Report of the Indian Hemp Drugs Commission, 1894-1895 - Volume V
Year: 1894
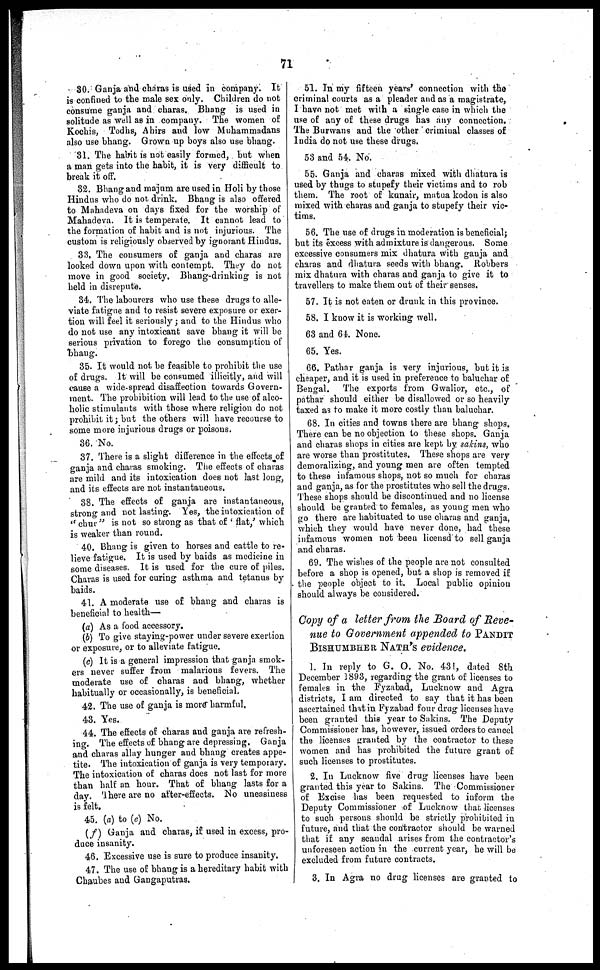
71
80. Ganja and charas is used in company. It
is confined to the male sex only. Children do not
consume ganja and charas. Bhang is used in
solitude as well as in company. The women of
Kochis, Todhs, Ahirs and low Muhammadans
also use bhang. Grown up boys also use bhang.
31. The habit is not easily formed, but when
a man gets into the habit, it is very difficult to
break it off.
32. Bhang and majum are used in Holi by those
Hindus who do not drink. Bhang is also offered
to Mahadeva on days fixed for the worship of
Mahadeva. It is temperate. It cannot lead to
the formation of habit and is not injurious. The
custom is religiously observed by ignorant Hindus.
33. The consumers of ganja and charas are
looked down upon with contempt. They do not
move in good society. Bhang-drinking is not
held in disrepute.
34. The labourers who use these drugs to alle-
viate fatigue and to resist severe exposure or exer-
tion will feel it seriously ; and to the Hindus who
do not use any intoxicant save bhang it will be
serious privation to forego the consumption of
bhang.
35. It would not be feasible to prohibit the use
of drugs. It will be consumed illicitly, and will
cause a wide-spread disaffection towards Govern-
ment. The prohibition will lead to the use of alco-
holic stimulants with those where religion do not
prohibit it ; but the others will have recourse to
some more injurious drugs or poisons.
36. No.
37. There is a slight difference in the effects of
ganja and charas smoking. The effects of charas
are mild and its intoxication does not last long,
and its effects are not instantaueous.
38. The effects of ganja are instantaneous,
strong and not lasting. Yes, the intoxication of
"chur" is not so strong as that of 'flat,' which
is weaker than round.
40. Bhang is given to horses and cattle to re-
lieve fatigue. It is used by baids as medicine in
some diseases. It is used for the cure of piles.
Charas is used for curing asthma and tetanus by
baids.
41. A moderate use of bhang and charas is
beneficial to health—
(a) As a food accessory.
(b) To give staying-power under severe exertion
or exposure, or to alleviate fatigue.
(c) It is a general impression that ganja smok-
ers never suffer from malarious fevers. The
moderate use of charas and bhang, whether
habitually or occasionally, is beneficial.
42. The use of ganja is more harmful.
43. Yes.
44. The effects of charas and ganja are refresh-
ing. The effects of bhang are depressing. Ganja
and charas allay hunger and bhang creates appe-
tite. The intoxication of ganja is very temporary.
The intoxication of charas does not last for more
than half an hour. That of bhang lasts for a
day. There are no after-effects. No uneasiness
is felt.
45. (a) to (e) No.
(f) Ganja and charas, if used in excess, pro-
duce insanity.
46. Excessive use is sure to produce insanity.
47. The use of bhang is a hereditary habit with
Chaubes and Gangaputras.
51. In my fifteen years' connection with the
criminal courts as a pleader and as a magistrate,
I have not met with a single case in which the
use of any of these drugs has any connection.
The Burwans and the other criminal classes of
India do not use these drugs.
53 and 54. No.
55. Ganja and charas mixed with dhatura is
used by thugs to stupefy their victims and to rob
them. The root of kunair, matua kodon is also
mixed with charas and ganja to stupefy their vic-
tims.
56. The use of drugs in moderation is beneficial;
but its excess with admixture is dangerous. Some
excessive consumers mix dhatura with ganja and
charas and dhatura seeds with bhang. Robbers
mix dhatura with charas and ganja to give it to
travellers to make them out of their senses.
57. It is not eaten or drunk in this province.
58. I know it is working well.
63 and 64. None.
65. Yes.
66. Pathar ganja is very injurious, but it is
cheaper, and it is used in preference to baluchar of
Bengal. The exports from Gwalior, etc., of
pathar should either be disallowed or so heavily
taxed as to make it more costly than baluchar.
68. In cities and towns there are bhang shops.
There can be no objection to these shops. Ganja
and charas shops in cities are kept by sakins, who
are worse than prostitutes. These shops are very
demoralizing, and young men are often tempted
to these infamous shops, not so much for charas
and ganja, as for the prostitutes who sell the drugs.
These shops should be discontinued and no license
should be granted to females, as young men who
go there are habituated to use charas and ganja,
which they would have never done, had these
infamous women not been licensd to sell ganja
and charas.
69. The wishes of the people are not consulted
before a shop is opened, but a shop is removed if
the people object to it. Local public opinion
should always be considered.
Copy of a letter from the Board of Reve-
nue to Government appended to PANDIT
BISHUMBHER NATH'S evidence,
1. In reply to G. O. No. 431, dated 8th
December 1893, regarding the grant of licenses to
females in the Fyzabad, Lucknow and Agra
districts, I am directed to say that it has been
ascertained that in Fyzabad four drug licenses have
been granted this year to Sakins. The Deputy
Commissioner has, however, issued orders to cancel
the licenses granted by the contractor to these
women and has prohibited the future grant of
such licenses to prostitutes.
2. In Lucknow five drug licenses have been
granted this year to Sakins. The Commissioner
of Excise has been requested to inform the
Deputy Commissioner of Lucknow that licenses
to such persons should be strictly prohibited in
future, and that the contractor should be warned
that if any scaudal arises from the contractor's
unforeseen action in the current year, he will be
excluded from future contracts.
3. In Agra no drug licenses are granted to